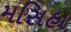
મસિહા